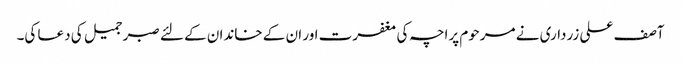
آصف علی زرداری نے مرحوم پراچہ کی مغفرت اور ان کے خاندان کے لئے صبر جمیل کی دعا کی۔